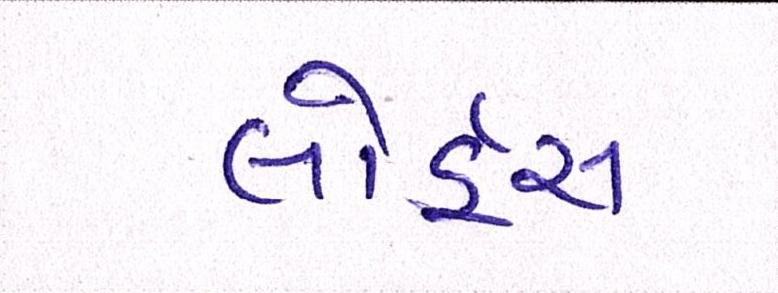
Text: લોર્ડ્સ